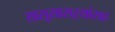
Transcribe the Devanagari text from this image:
सासूसासऱ्यांसह